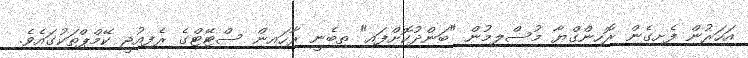
އަހަރުން ފެށިގެން ރޮހިންގްޔާ މުސްލިމުން "ބަންދުކޮށްފައި" ތިބެނީ ރާހައިން ސްޓޭޓްގެ ރެފިއުޖީ ކޭމްޕްތަކުގައެވެ.